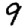
Digit: 9